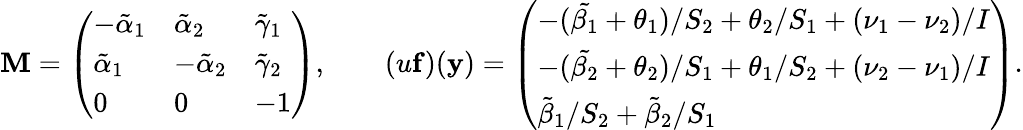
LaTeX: \mathbf{M}=\left(\begin{array}{lll}{-\tilde{\alpha}_{1}}&{\tilde{\alpha}_{2}}&{\tilde{\gamma}_{1}}\\ {\tilde{\alpha}_{1}}&{-\tilde{\alpha}_{2}}&{\tilde{\gamma}_{2}}\\ {0}&{0}&{-1}\end{array}\right),\qquad(u\mathbf{f})(\mathbf{y})=\left(\begin{array}{l}{-(\tilde{\beta_{1}}+\theta_{1})/S_{2}+\theta_{2}/S_{1}+(\nu_{1}-\nu_{2})/I}\\ {-(\tilde{\beta_{2}}+\theta_{2})/S_{1}+\theta_{1}/S_{2}+(\nu_{2}-\nu_{1})/I}\\ {\tilde{\beta}_{1}/S_{2}+\tilde{\beta}_{2}/S_{1}}\end{array}\right).